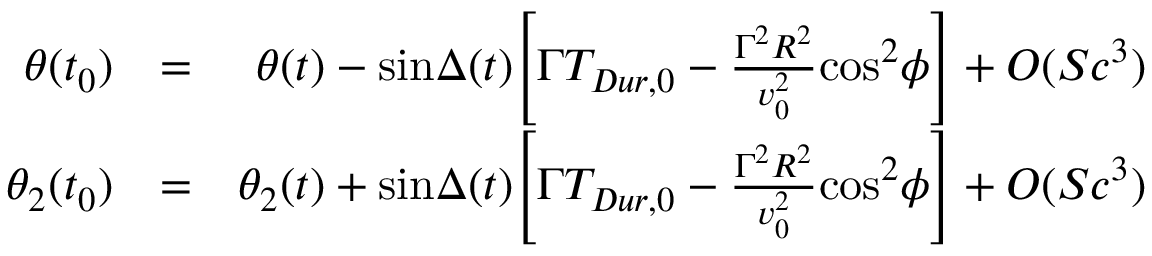
\begin{array} { r l r } { \theta ( t _ { 0 } ) } & { = } & { \theta ( t ) - \mathrm { s i n } \Delta ( t ) \Bigg [ \Gamma T _ { D u r , 0 } - { \frac { \Gamma ^ { 2 } R ^ { 2 } } { v _ { 0 } ^ { 2 } } } \mathrm { c o s } ^ { 2 } \phi \Bigg ] + O ( S c ^ { 3 } ) } \\ { \theta _ { 2 } ( t _ { 0 } ) } & { = } & { \theta _ { 2 } ( t ) + \mathrm { s i n } \Delta ( t ) \Bigg [ \Gamma T _ { D u r , 0 } - { \frac { \Gamma ^ { 2 } R ^ { 2 } } { v _ { 0 } ^ { 2 } } } \mathrm { c o s } ^ { 2 } \phi \Bigg ] + O ( S c ^ { 3 } ) } \end{array}